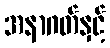
အနာဂတ်နှင့်